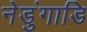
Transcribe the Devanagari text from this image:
नेडुंगाडि